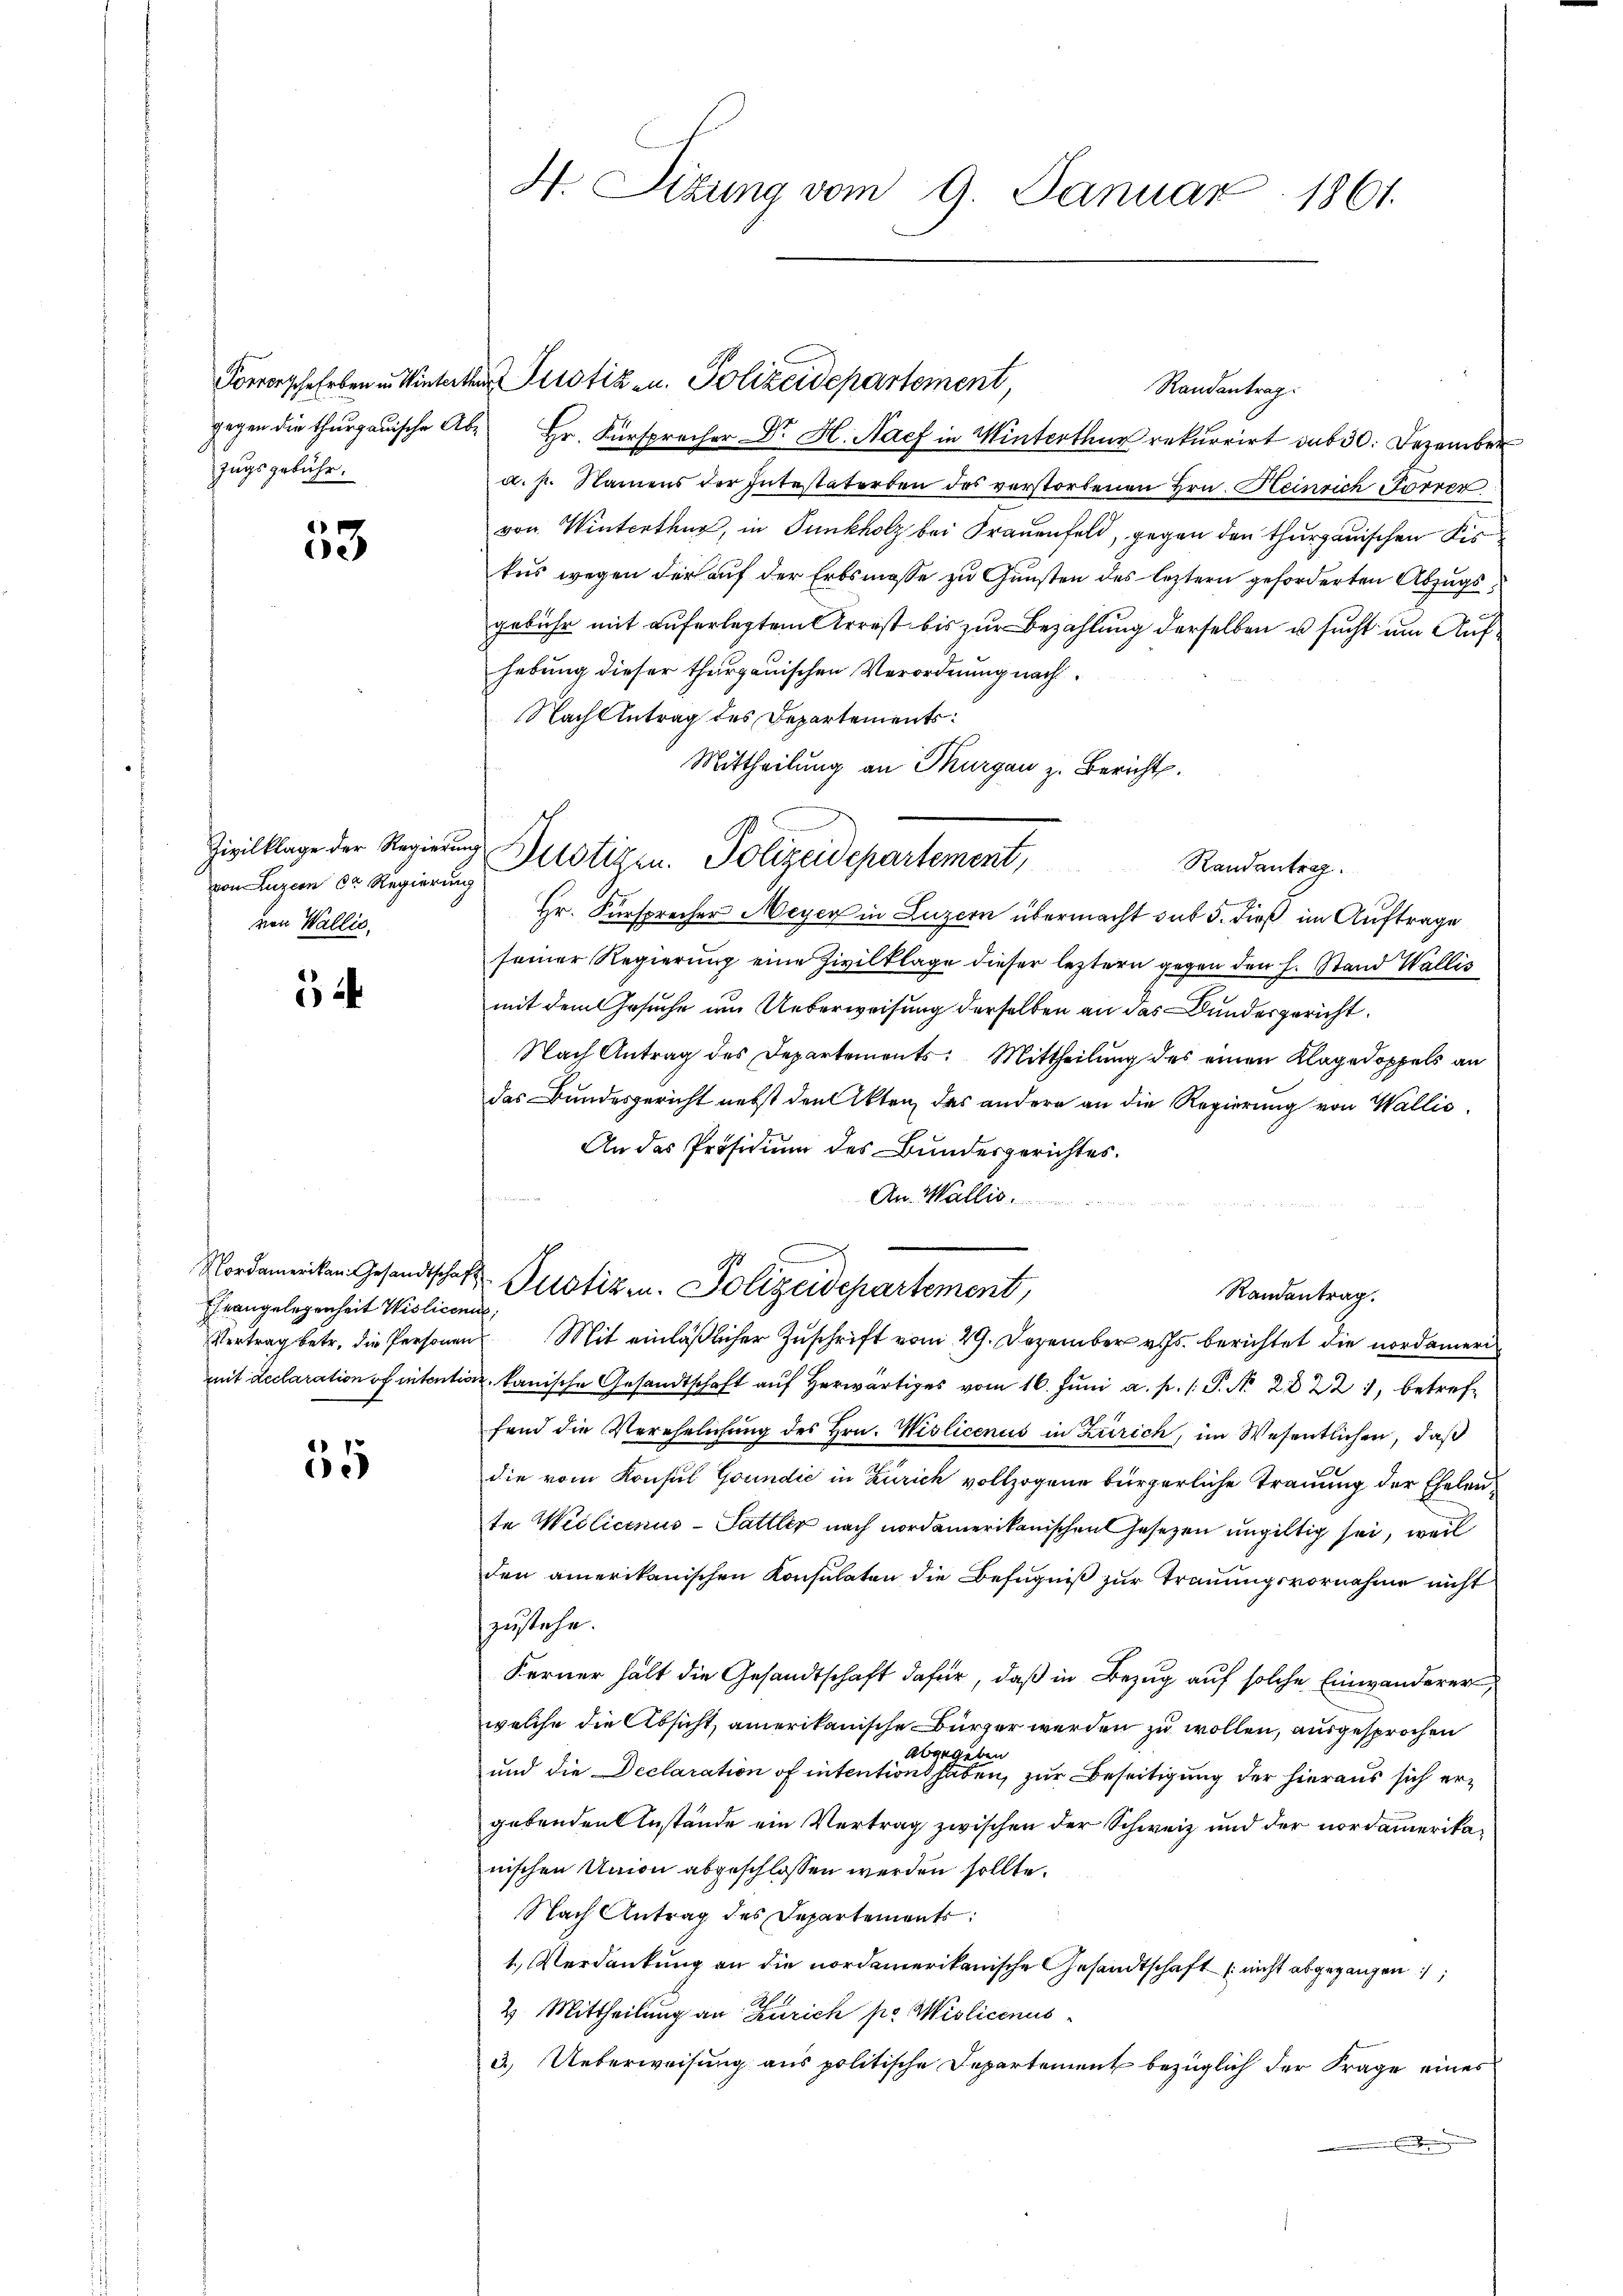
zugsgebühr.

53

von Luzern dr Regierung
von Wallis,

Ehrangelegenheit Wisliceni

55

H. Situng vom 9. Januar 1861.

gegen die thurgauische Ab- Hr. Fürsprecher Dr. H. Nach in Winterthur rekurrirt sub 30. Dezember
a. p. Namens der Intestaterben des verstorbenen Hrn. Heinrich Forrer
von Winterthur, in Tunkholz bei Frauenfeld, gegen den thurgauischen Fis
tus wegen der auf der Erbsmasse zu Gunsten des leztern geforderten Abzugsgebühr mit auferlegtem Arrest bis zur Bezahlung derselben u sucht um Aufhebung dieser thurgauischen Verordnung nach
Nach Antrag des Departements
Mittheilung an Thurgau z. Bericht.

Forverschehrben u. Winterter Perotiz u. Polizeidepartement,

Zivilklage der Regierung Distigen. Polizeidepartement, Randantag.

Nordameriken Gesandtschaft Potizen. Polizeidepartement,

G

Randantrag:

Hr. Fürsprecher Meyer in Luzern übermacht sub 5. dieß im Auftrage
seiner Regierung eine Zivilklage dieser leztern gegen den h. Stand Wallis
mit dem Gesuche um Ueberweisung derselben an das Bundesgericht
Nach Antrag des Departements: Mittheilung des einen Klagedoppels an
das Bundesgericht nebst den Akten des andern an die Regierung von Wallis,
An das Präsidium des Bundesgerichtes.
d Matern
An Wallis
Randentrag.
Vertrag betr. die Personen Mit einläßlicher Zuschrift vom 29. Dezember v. Js. berichtet die nordameri
mit Reclaration of intention kanische Gesandtschaft auf herwärtiges vom 16. Juni a. p. 1. P. N. 2822, betreffend die Verehelichung des Hrn. Wislicenus in Zürich, im Wesentlichen, daß
die vom Konsul Goundić in Zürich vollzogene bürgerliche Trauung der Ehelente Weilicenus-Sattler nach nordamerikanischen Gesezen ungültig sei, weil
den amerikanischen Konsulaten die Befugniß zur Trauungsvornahme nicht
zustehe.
Ferner hält die Gesandtschaft dafür, daß in Bezug auf solche Einwanderer,
welche die Absicht amerikanische Bürger werden zu wollen, ausgesprochen
abgegeben
und die Declaration of intentiont haben, zur Beseitigung der hieraus sich ergebenden Anstände ein Vertrag zwischen der Schweiz und der nordamerikanischen Union abgeschlossen werden sollte.
Nach Antrag des Departement
1. Verdankung an die nordamerikanische Gesandtschaft nicht abgegangen
2. Mittheilung an Zürich po Wiolicenus
3.) Ueberweisung aus politische Departement bezüglich der Frage eines
Ehe